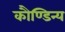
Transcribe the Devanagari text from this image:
कौण्डिन्य